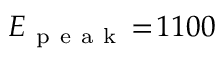
E _ { \mathrm { ~ p ~ e ~ a ~ k ~ } } \! = \! 1 1 0 0